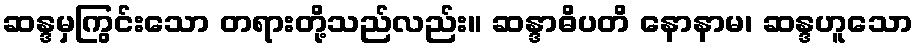
ဆန္ဒမှကြွင်းသော တရားတို့သည်လည်း။ ဆန္ဒာဓိပတိ နောနာမ၊ ဆန္ဒဟူသော